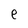
Character: e